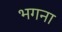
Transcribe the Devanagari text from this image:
भगना